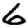
Digit: 6